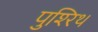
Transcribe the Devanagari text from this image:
पुश्‍रिथ